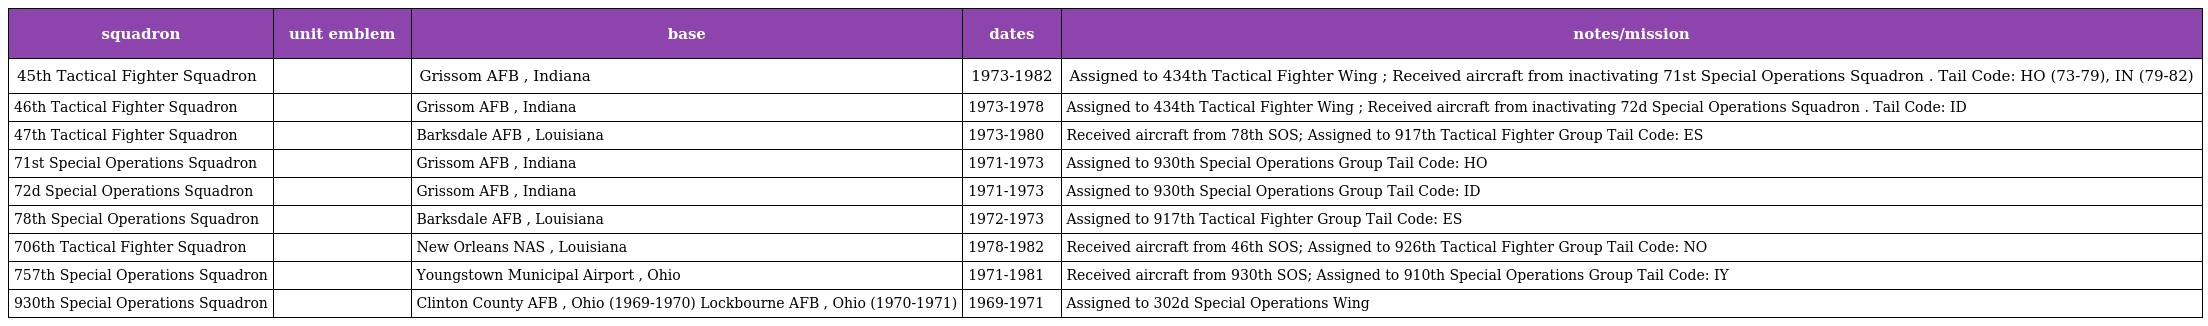
| squadron | unit emblem | base | dates | notes/mission |
 | --- | --- | --- | --- | --- |
 | 45th Tactical Fighter Squadron |  | Grissom AFB , Indiana | 1973-1982 | Assigned to 434th Tactical Fighter Wing ; Received aircraft from inactivating 71st Special Operations Squadron . Tail Code: HO (73-79), IN (79-82) |
 | 46th Tactical Fighter Squadron |  | Grissom AFB , Indiana | 1973-1978 | Assigned to 434th Tactical Fighter Wing ; Received aircraft from inactivating 72d Special Operations Squadron . Tail Code: ID |
 | 47th Tactical Fighter Squadron |  | Barksdale AFB , Louisiana | 1973-1980 | Received aircraft from 78th SOS; Assigned to 917th Tactical Fighter Group Tail Code: ES |
 | 71st Special Operations Squadron |  | Grissom AFB , Indiana | 1971-1973 | Assigned to 930th Special Operations Group Tail Code: HO |
 | 72d Special Operations Squadron |  | Grissom AFB , Indiana | 1971-1973 | Assigned to 930th Special Operations Group Tail Code: ID |
 | 78th Special Operations Squadron |  | Barksdale AFB , Louisiana | 1972-1973 | Assigned to 917th Tactical Fighter Group Tail Code: ES |
 | 706th Tactical Fighter Squadron |  | New Orleans NAS , Louisiana | 1978-1982 | Received aircraft from 46th SOS; Assigned to 926th Tactical Fighter Group Tail Code: NO |
 | 757th Special Operations Squadron |  | Youngstown Municipal Airport , Ohio | 1971-1981 | Received aircraft from 930th SOS; Assigned to 910th Special Operations Group Tail Code: IY |
 | 930th Special Operations Squadron |  | Clinton County AFB , Ohio (1969-1970) Lockbourne AFB , Ohio (1970-1971) | 1969-1971 | Assigned to 302d Special Operations Wing |